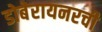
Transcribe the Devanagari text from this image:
डोबेरायनरची